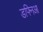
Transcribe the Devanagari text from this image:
डफ्निआ